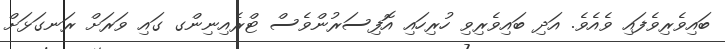
ބައިވެރިވެފައި ވެއެވެ. އަދި ބައިވެރިވި ހުރިހައި އޮފިސަރުންވެސް ޓްރެއިނިންގ ގައި ވަރަށް ރަނގަޅަށް